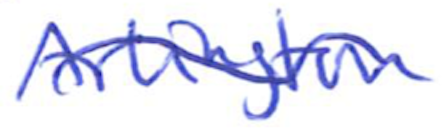
Text: Arlington
Cross-out: wave
Writing tool: ballpoint